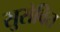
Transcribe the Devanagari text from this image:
सुसेवित